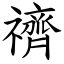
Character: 䄢